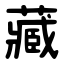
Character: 藏